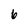
Character: 6